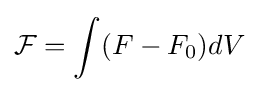
{\mathcal {F}}=\int (F-F_{0})dV